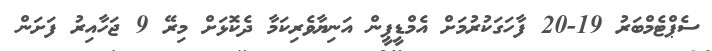
ސެޕްޓެމްބަރު 19-20 ފާހަގަކުރުމަށް އެމްޑީޕީން އަނިޔާވެރިކަމާ ދެކޮޅަށް މިރޭ 9 ޖަހާއިރު ފަށަން